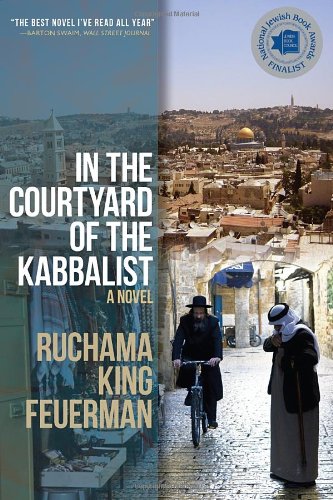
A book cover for In the Courtyard of the Kabbalist; Ruchama King Feuerman; Literature & Fiction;